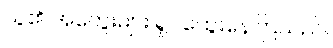
သူ၏ အတွေးများ ရှုပ်ထွေးနေကြသည်။